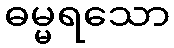
ဓမ္မရသော